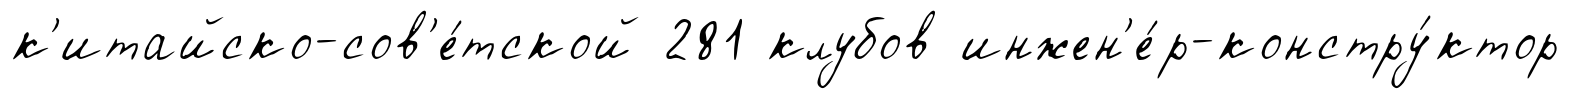
к'итайско-сов'е́тской 281 клубов инжен'е́р-констру́ктор